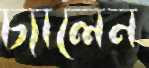
চ্যালেন